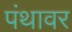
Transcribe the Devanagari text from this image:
पंथावर